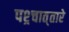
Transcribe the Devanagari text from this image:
पश्र्चात्‌तारे